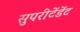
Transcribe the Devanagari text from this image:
सुपरीटेंडेंट